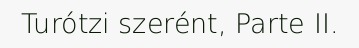
Turótzi szerént, Parte II.